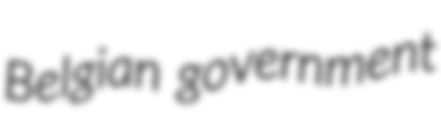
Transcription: Belgian government